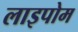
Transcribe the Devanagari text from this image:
लाइपोम